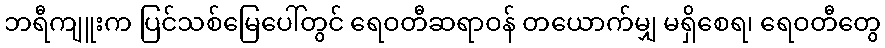
ဘရီကျူးက ပြင်သစ်မြေပေါ်တွင် ရေဝတီဆရာဝန် တယောက်မျှ မရှိစေရ၊ ရေဝတီတွေ